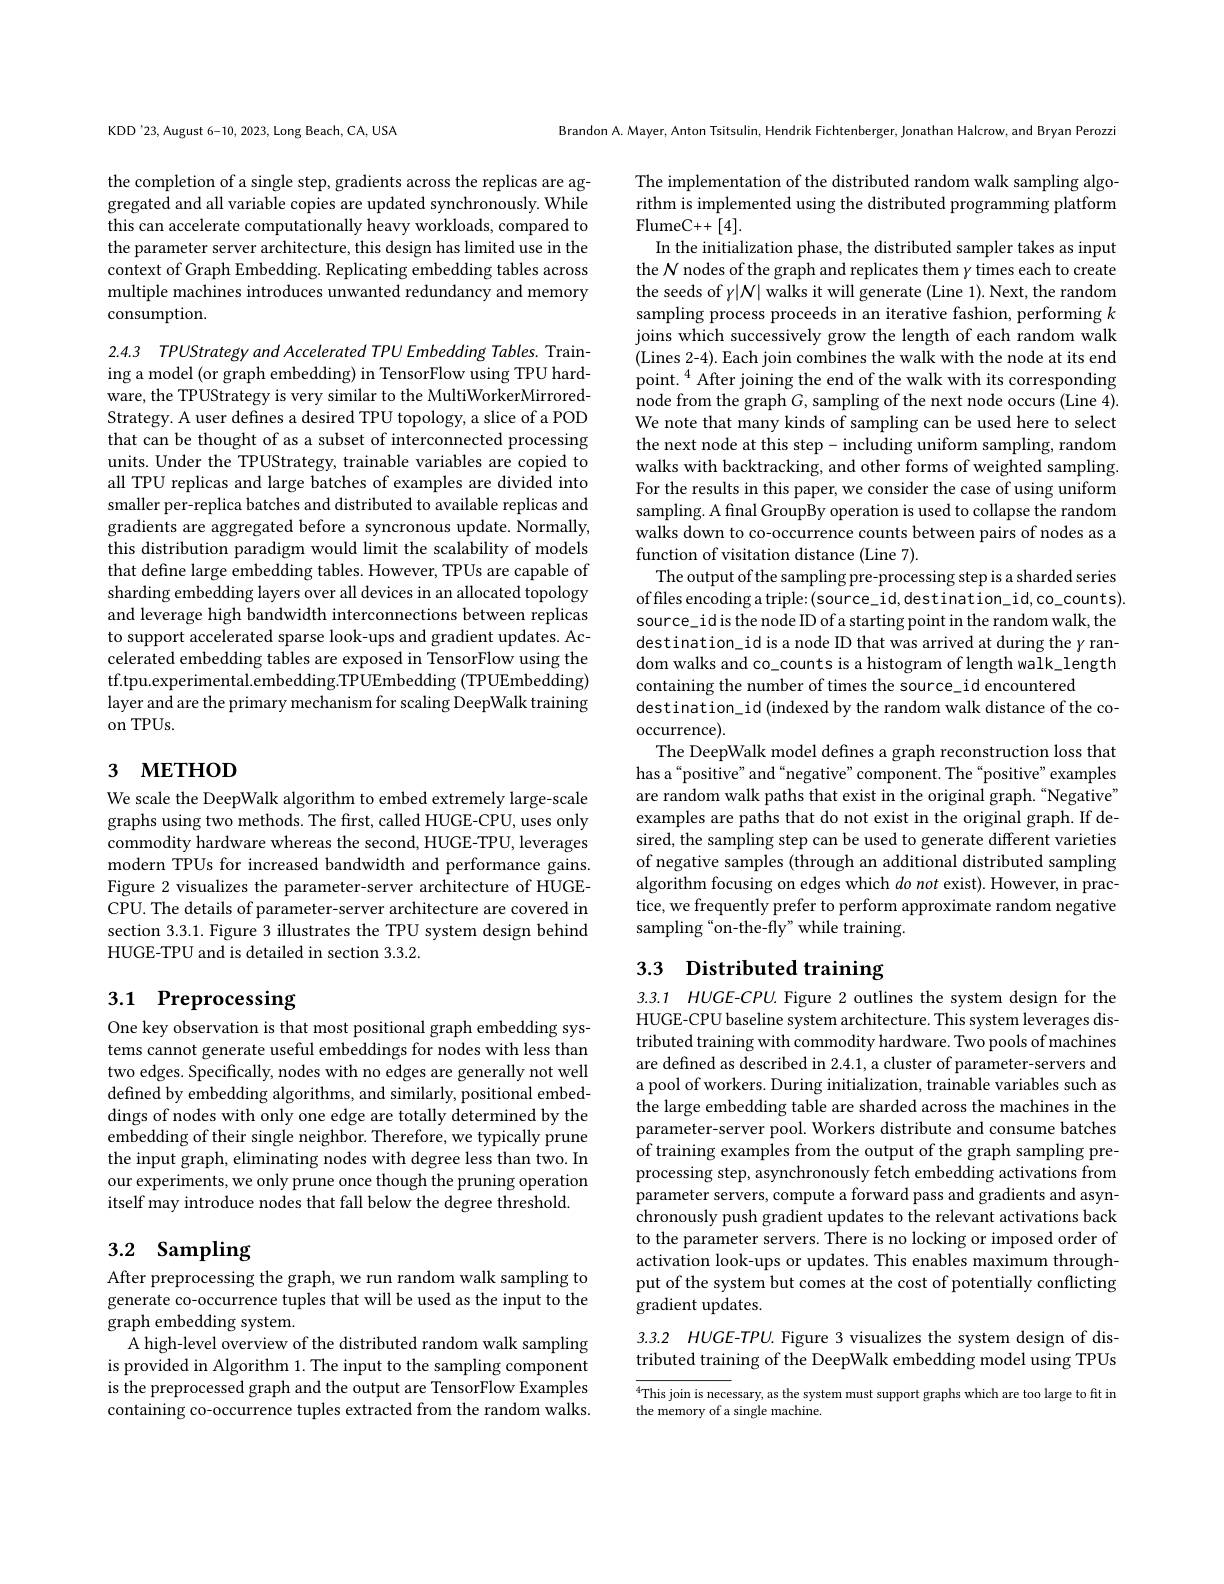
KDD'23, August 6-10, 2023, Long Beach, CA, USA

the completion of a single step, gradients across the replicas are aggregated and all variable copies are updated synchronously. While this can accelerate computationally heavy workloads, compared to the parameter server architecture, this design has limited use in the context of Graph Embedding. Replicating embedding tables across multiple machines introduces unwanted redundancy and memory consumption.

2.4.3 TPUStrategyand Accelerated TPU Embedding Tables. Training a model (or graph embedding) in TensorFlow using TPU hard-

ware, the TPUStrategy is very similar to the MultiWorkerMirroredStrategy. A user defines a desired TPU topology, a slice of a POD that can be thought of as a subset of interconnected processing units. Under the TPUStrategy, trainable variables are copied to all TPU replicas and large batches of examples are divided into smaller per-replica batches and distributed to available replicas and gradients are aggregated before a syncronous update. Normally, this distribution paradigm would limit the scalability of models that define large embedding tables. However, TPUs are capable of sharding embedding layers over all devices in an allocated topology and leverage high bandwidth interconnections between replicas to support accelerated sparse look-ups and gradient updates. Accelerated embedding tables are exposed in TensorFlow using the tf.tpu.experimental.embedding.TPUEmbedding (TPUEmbedding) layer and are the primary mechanism for scaling DeepWalk training on TPUs.

# 3 мЕтнор

We scale the DeepWalk algorithm to embed extremely large-scale graphs using two methods. The first, called HUGE-CPU, uses only commodity hardware whereas the second, HUGE-TPU, leverages modern TPUs for increased bandwidth and performance gains. Figure 2 visualizes the parameter-server architecture of HUGECPU. The details of parameter-server architecture are covered in section 3.3.1. Figure 3 illustrates the TPU system design behind HUGE-TPU and is detailed in section 3.3.2.

# 3.1 Preprocessing

One key observation is that most positional graph embedding systems cannot generate useful embeddings for nodes with less than two edges. Specifically, nodes with no edges are generally not well defined by embedding algorithms, and similarly, positional embeddings of nodes with only one edge are totally determined by the embedding of their single neighbor. Therefore, we typically prune the input graph, eliminating nodes with degree less than two. In our experiments, we only prune once though the pruning operation itself may introduce nodes that fall below the degree threshold.

## 3.2 Sampling

After preprocessing the graph, we run random walk sampling to generate co-occurrence tuples that will be used as the input to the graph embedding system.
A high-level overview of the distributed random walk sampling is provided in Algorithm 1. The input to the sampling component is the preprocessed graph and the output are TensorFlow Examples containing co-occurrence tuples extracted from the random walks.

Brandon A. Mayer, Anton Tsitsulin, Hendrik Fichtenberger, Jonathan Halcrow, and Bryan Perozzi

The implementation of the distributed random walk sampling algorithm is implemented using the distributed programming platform FlumeC+ + [ 4] .

In the initialization phase, the distributed sampler takes as input the $\mathcal{N}$ nodes of the graph and replicates them $\gamma$ times each to create the seeds of $y|N|$ walks it will generate (Line 1). Next, the random sampling process proceeds in an iterative fashion, performing $k$ joins which successively grow the length of each random walk (Lines 2-4). Each join combines the walk with the node at its end point.$^{4}$After joining the end of the walk with its corresponding node from the graph $G$, sampling of the next node occurs (Line 4). We note that many kinds of sampling can be used here to select the next node at this step- including uniform sampling, random walks with backtracking, and other forms of weighted sampling. For the results in this paper, we consider the case of using uniform sampling. A final GroupBy operation is used to collapse the random walks down to co-occurrence counts between pairs of nodes as a function of visitation distance (Line 7).
The output of the sampling pre-processing step is a sharded series of files encoding a triple: (source\_id,destination\_id,co\_counts). source\_idis the node ID of a starting point in the random walk, the destination\_id is a node ID that was arrived at during the $\gamma$ random walks and co\_counts is a histogram of length walk\_length containing the number of times the source\_id encountered
destination\_id (indexed by the random walk distance of the co-
occurrence).
The DeepWalk model defines a graph reconstruction loss that has a“positive”and“negative”component. The“positive”examples are random walk paths that exist in the original graph.“Negative” examples are paths that do not exist in the original graph. If desired, the sampling step can be used to generate different varieties of negative samples (through an additional distributed sampling algorithm focusing on edges which $do\textit{not exist}) .$However, in practice, we frequently prefer to perform approximate random negative sampling“on-the-fly”while training.

# 3.3 Distributed training

3.3.1 HUGE-CPU. Figure 2 outlines the system design for the HUGE-CPU baseline system architecture. This system leverages distributed training with commodity hardware. Two pools of machines are defined as described in 2.4.1, a cluster of parameter-servers and a pool of workers. During initialization, trainable variables such as the large embedding table are sharded across the machines in the parameter-server pool. Workers distribute and consume batches of training examples from the output of the graph sampling preprocessing step, asynchronously fetch embedding activations from parameter servers, compute a forward pass and gradients and asynchronously push gradient updates to the relevant activations back to the parameter servers. There is no locking or imposed order of activation look-ups or updates. This enables maximum throughput of the system but comes at the cost of potentially conflicting gradient updates.

## 3.3.2 HUGE-TPU. Figure 3 visualizes the system design of distributed training of the DeepWalk embedding model using TPUs

$^{4}$This join is necessary, as the system must support graphs which are too large to fit in
the memory of a single machine.